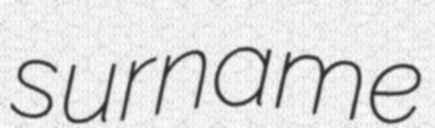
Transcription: surname